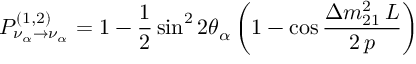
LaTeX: P _ { \nu _ { \alpha } \to \nu _ { \alpha } } ^ { ( 1 , 2 ) } = 1 - { \frac { 1 } { 2 } } \sin ^ { 2 } 2 \theta _ { \alpha } \left( 1 - \cos { \frac { \displaystyle \Delta m _ { 2 1 } ^ { 2 } \, L } { \displaystyle 2 \, p } } \right)